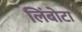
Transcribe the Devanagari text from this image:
लिंबोटा